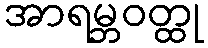
အာရမ္ဘဝတ္ထု